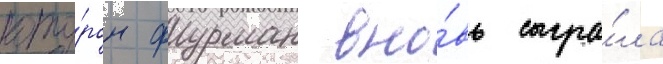
кото́ром фурман вно́вь сыгра́ла